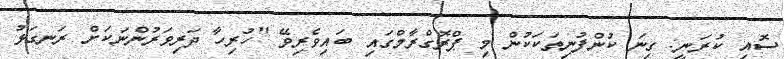
ސޮއި ކުރަނީ: ގިނަ ކުންފުނިތަކަކުން މި ޕްރޮގްރާމްގައި ބައިވެރިވޭ "ހުރިހާ ދަރިވަރުންނަކަށް ރަނގަޅު